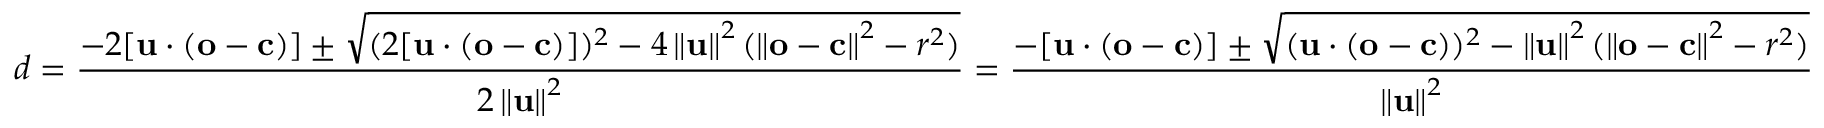
d = { \frac { - 2 [ \mathbf { u } \cdot ( \mathbf { o } - \mathbf { c } ) ] \pm { \sqrt { ( 2 [ \mathbf { u } \cdot ( \mathbf { o } - \mathbf { c } ) ] ) ^ { 2 } - 4 \left\Vert \mathbf { u } \right\Vert ^ { 2 } ( \left\Vert \mathbf { o } - \mathbf { c } \right\Vert ^ { 2 } - r ^ { 2 } ) } } } { 2 \left\Vert \mathbf { u } \right\Vert ^ { 2 } } } = { \frac { - [ \mathbf { u } \cdot ( \mathbf { o } - \mathbf { c } ) ] \pm { \sqrt { ( \mathbf { u } \cdot ( \mathbf { o } - \mathbf { c } ) ) ^ { 2 } - \left\Vert \mathbf { u } \right\Vert ^ { 2 } ( \left\Vert \mathbf { o } - \mathbf { c } \right\Vert ^ { 2 } - r ^ { 2 } ) } } } { \left\Vert \mathbf { u } \right\Vert ^ { 2 } } }